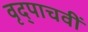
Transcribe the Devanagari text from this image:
वृद्पाचवीं